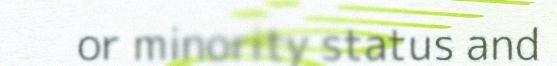
or minority status and